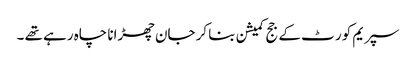
سپریم کور ٹ کے جج کمیشن بنا کر جان چھڑانا چاہ رہے تھے ۔